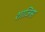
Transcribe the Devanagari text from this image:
शाजिस